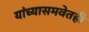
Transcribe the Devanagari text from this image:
यांच्यासमवेतही